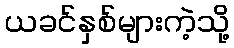
ယခင်နှစ်များကဲ့သို့